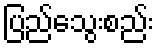
ပြည်သွေးစည်း